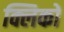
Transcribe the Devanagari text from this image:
क्लिकों